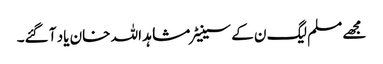
مجھے مسلم لیگ ن کے سینیٹر مشاہد اللہ خان یاد آ گئے۔